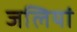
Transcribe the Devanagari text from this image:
जलियां